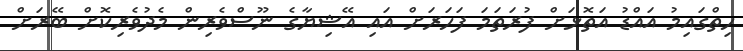
ހިތްގައިމު އައްޑު އަތޮޅަށް ފުރަތަމަ ފަހަރަށް އައި އޭޝިޔާގެ ނޫސްވެރިން މެދުވެރިކޮށް ބޭރަށް